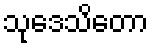
သုဒေသိတော